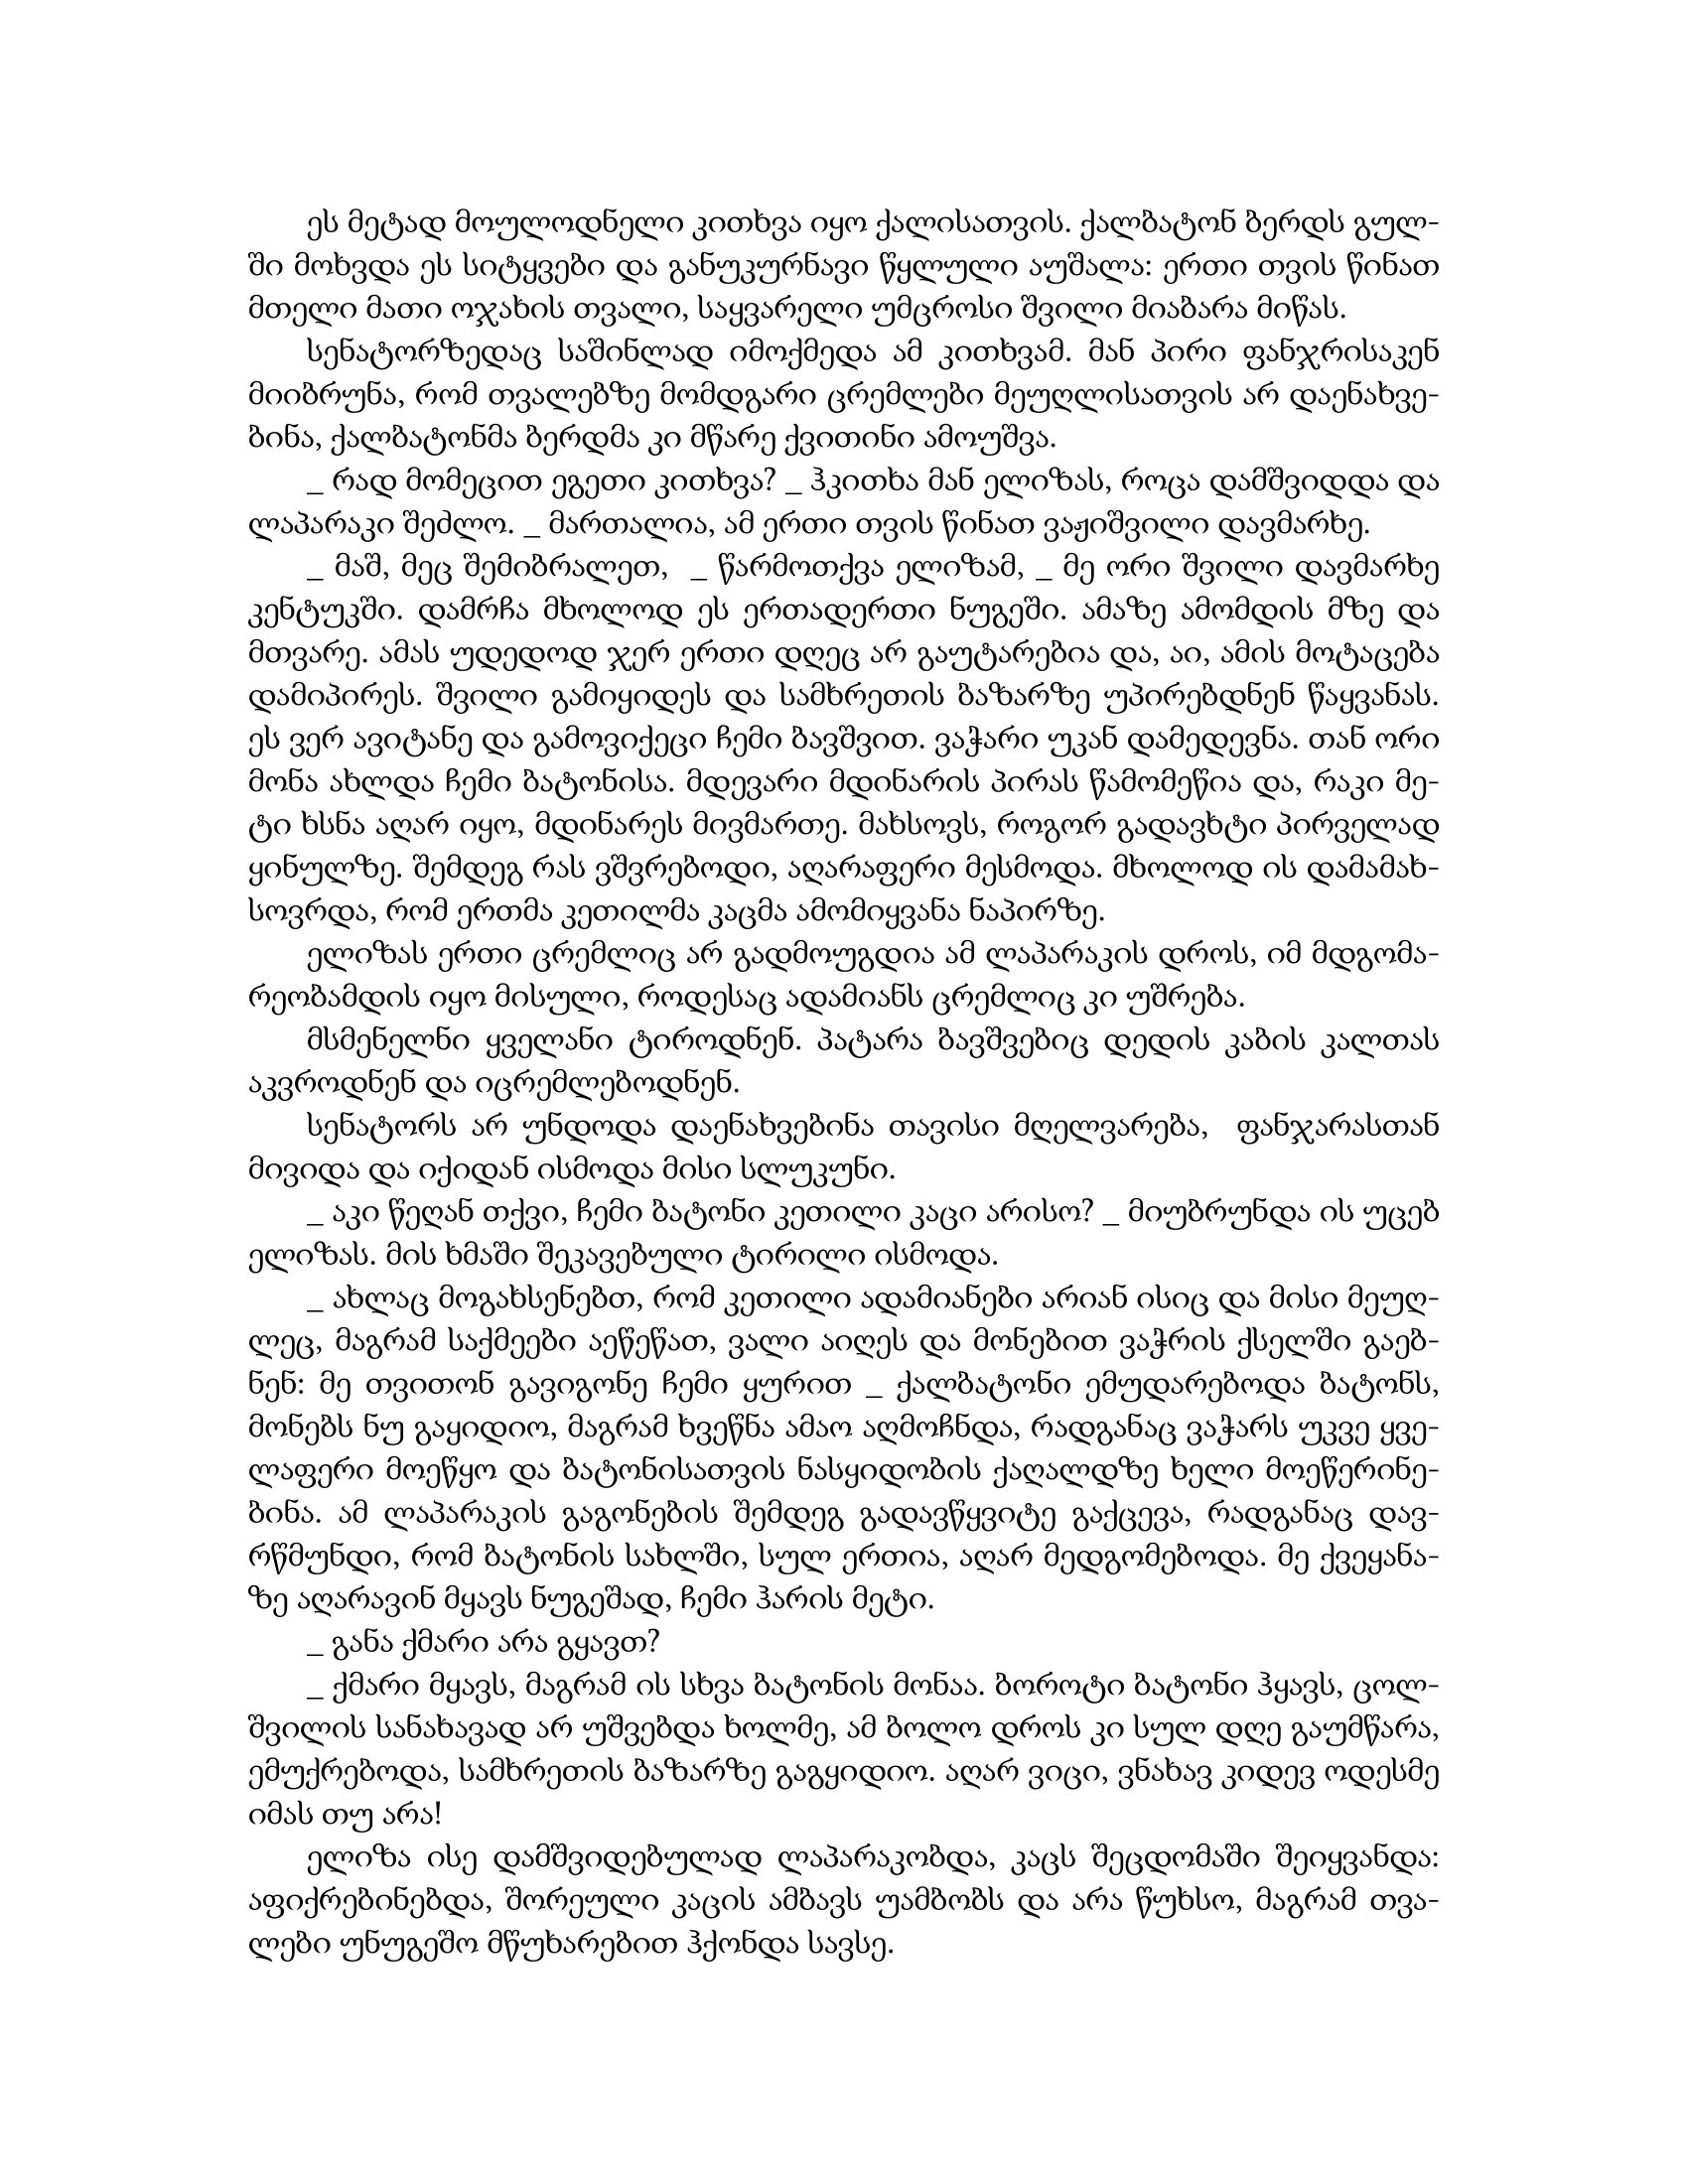
Language: gr